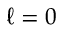
\ell = 0